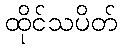
ထိုင်သပိတ်